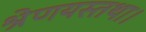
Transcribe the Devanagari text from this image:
श्रेणयस्तथा।